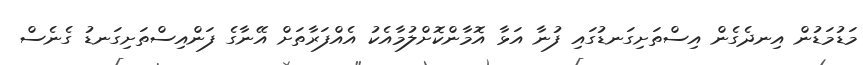
މަޑުމަޑުން އިނދެގެން އިސްތަށިގަނޑުގައި ފުނާ އަޅާ އޮމާންކޮށްލުމާއެކު އެއްފަރާތަށް އޭނާގެ ފަންއިސްތަށިގަނޑު ގެނެސް